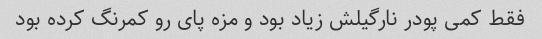
فقط کمی پودر نارگیلش زیاد بود و مزه پای رو کمرنگ کرده بود